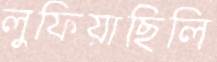
লুফিয়াছিলি